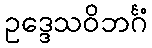
ဥဒ္ဒေသဝိဘင်္ဂံ